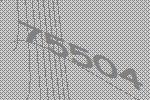
75504